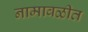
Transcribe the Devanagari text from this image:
नामावळीत